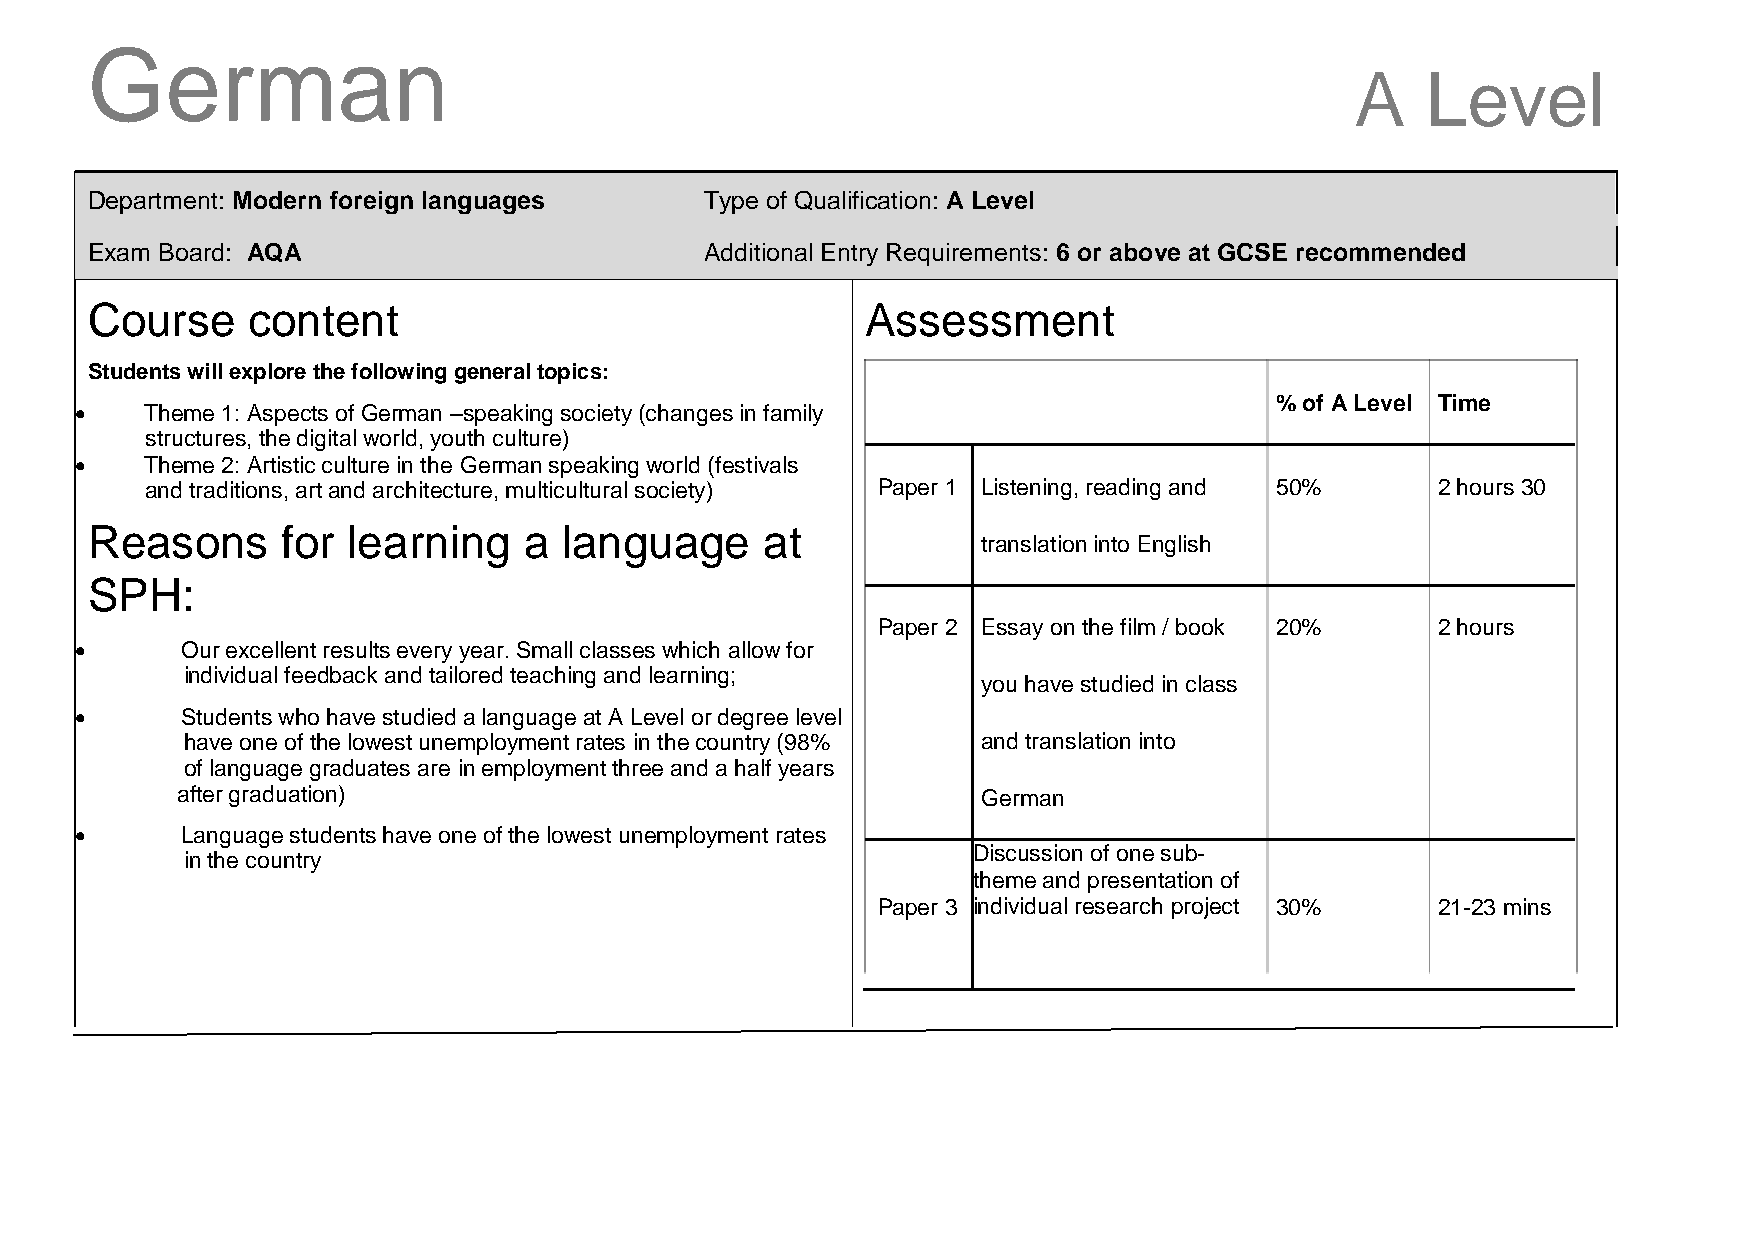
German
 A   Level
 Department: Modern foreign languages     Type of Qualification: A Level
 Exam Board: AQA                          Additional Entry Requirements: 6 or above at GCSE recommended
 Course    content                                  Assessment
 Students will explore the following general topics:
 % of A Level Time
     Theme 1: Aspects of German –speaking society (changes in family
 structures, the digital world, youth culture)
     Theme 2: Artistic culture in the German speaking world (festivals
 and traditions, art and architecture, multicultural society) Paper 1 Listening, reading and 50% 2 hours 30
 Reasons      for learning    a language      at
 translation into English
 SPH:
 Paper 2 Essay on the film / book 20% 2 hours
       Our excellent results every year. Small classes which allow for
 individual feedback and tailored teaching and learning;
 
 you have studied in class
       Students who have studied a language at A Level or degree level
 have one of the lowest unemployment rates in the country (98% and translation into
 of language graduates are in employment three and a half years
 after graduation)                                   German
 
       Language students have one of the lowest unemployment rates
 Discussion of one sub-
 in the country
 theme and presentation of
 Paper 3 individual research project 30% 21-23 mins